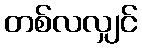
တစ်လလျှင်